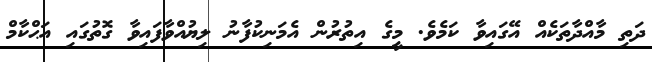
ދަތި މާއްދާތަކެއް އޭގައިވާ ކަމެވެ. މީގެ އިތުރުން އެމަނިކުފާނު ލިޔުއްވާފައިވާ ގޮތުގައި އަޙްކާމް